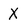
Character: X